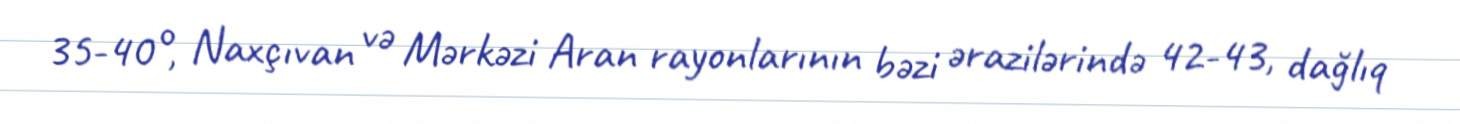
35-40°, Naxçıvan və Mərkəzi Aran rayonlarının bəzi ərazilərində 42-43, dağlıq